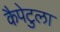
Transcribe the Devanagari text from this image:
कैपेटुला